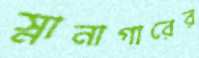
স্নানাগারের